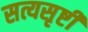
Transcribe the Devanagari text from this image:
सत्यसृष्टी